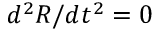
d ^ { 2 } R / d t ^ { 2 } = 0